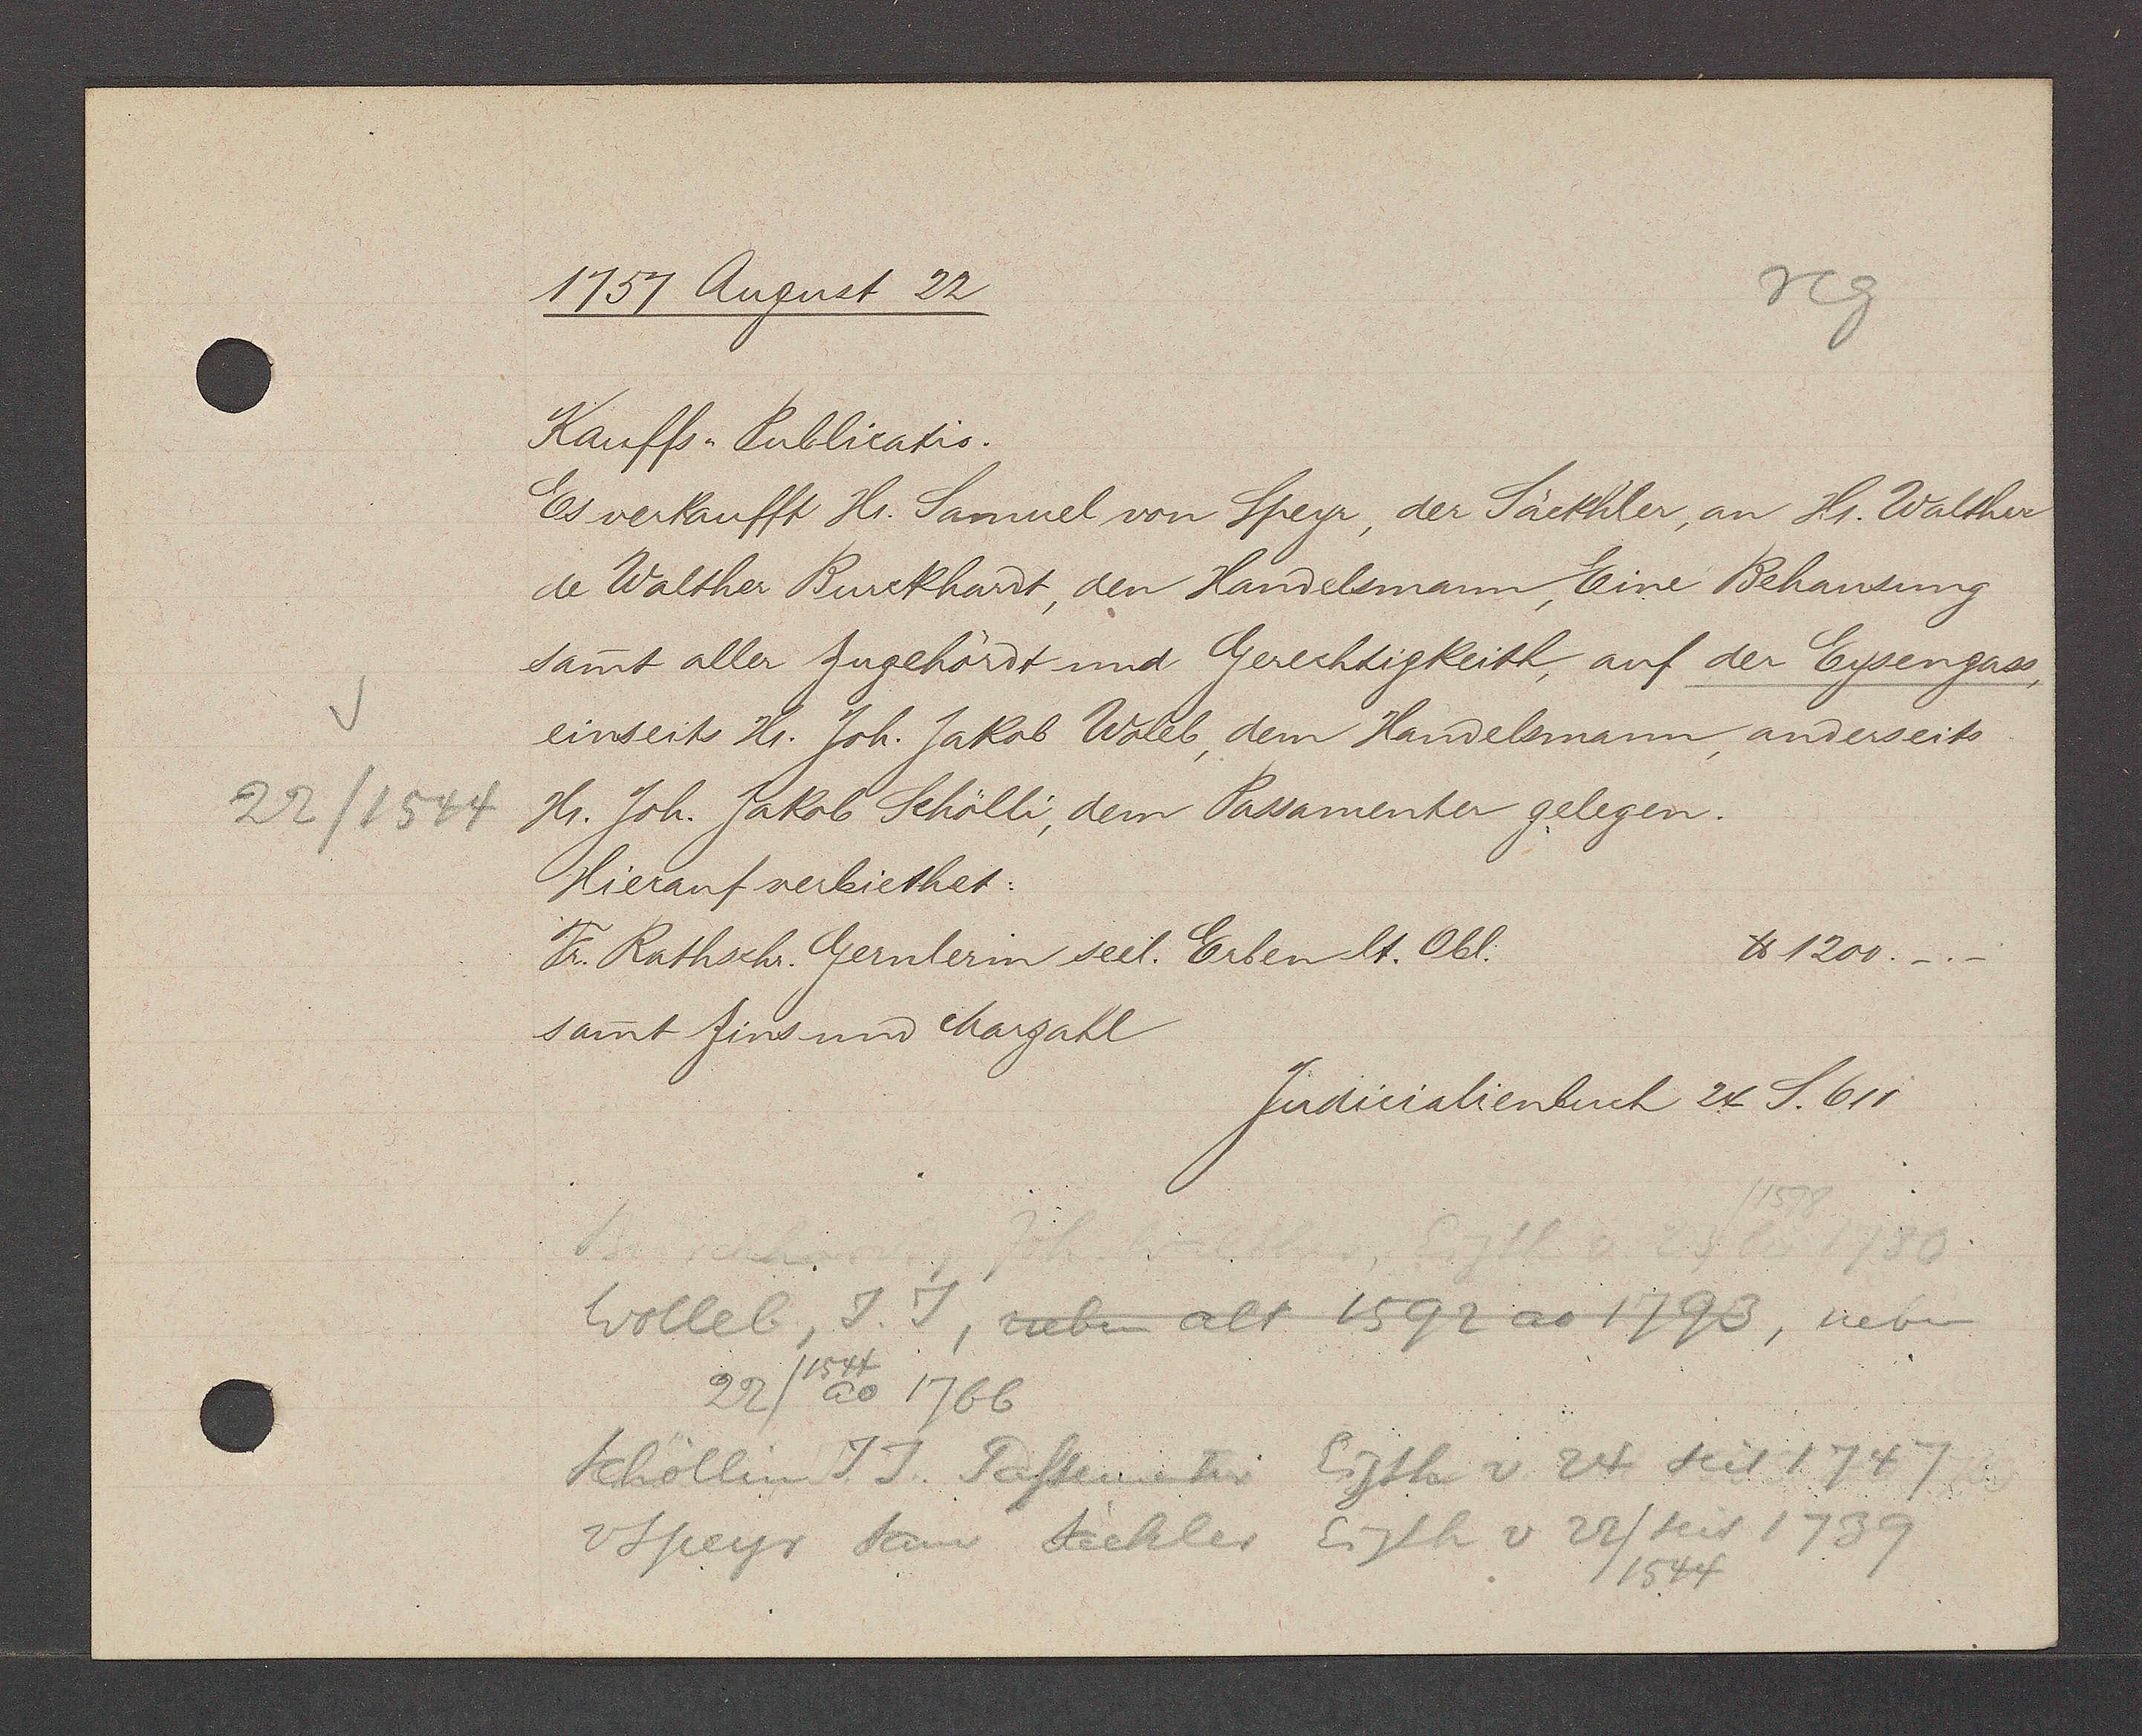
Transcript:
22/1544

1757 August 22
Kauffs-Publicatio.
Es verkaufft Hr. Samuel von Speyr, der Säckhler, an Hr. Walther
u Walther Burckhardt, den Handelsmann Eine Behausung
Samt aller Zugehördt und Gerechtigkeith, auf der Eysengass,
einseits Hr. Joh. Jakob Waleb, dem Handelsmann, anderseits
Hr. Joh. Jakob Schölli, dem Passamenter gelegen.
Hierauf verbiethet:
℔ 1200.-.-
Fr. Rathschr. Gernlerin seel. Erben lt. Obl:
sammt Zins und Marzahl
Wolleb, J.J, neben alt 1592 ao 1793, neben
22/1544ao 1766
Schöllin J.J. Passementer Eigth v. 24 Seit 1747
v Speyr Sam Säckler Eigth v 22/1544 Seit 1739